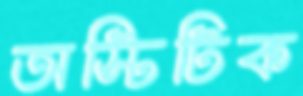
অস্টিটিক